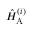
\hat { H } _ { \mathrm { A } } ^ { ( i ) }